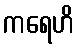
ကရေဟိ